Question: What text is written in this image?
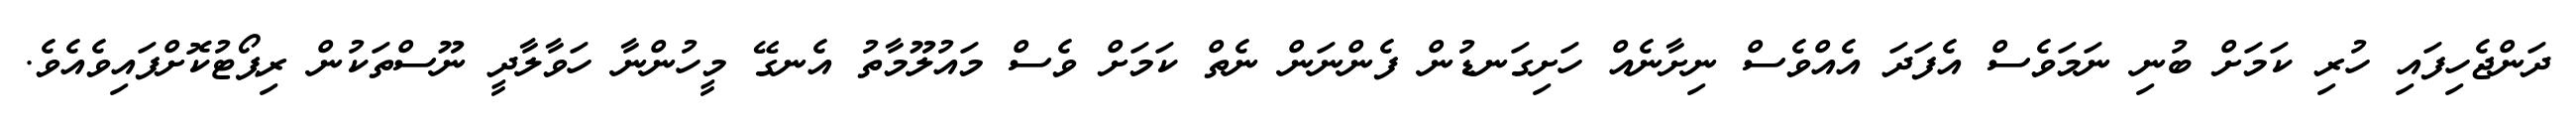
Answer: ދަންޖެހިފައި ހުރި ކަމަށް ބުނި ނަމަވެސް އެފަދަ އެއްވެސް ނިށާނެއް ހަށިގަނޑުން ފެންނަން ނެތް ކަމަށް ވެސް މައުލޫމާތު އެނގޭ މީހުންނާ ހަވާލާދީ ނޫސްތަކުން ރިޕޯޓުކޮށްފައިވެއެވެ.